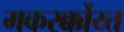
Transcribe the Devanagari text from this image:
मकरर्क्कोय्त्त